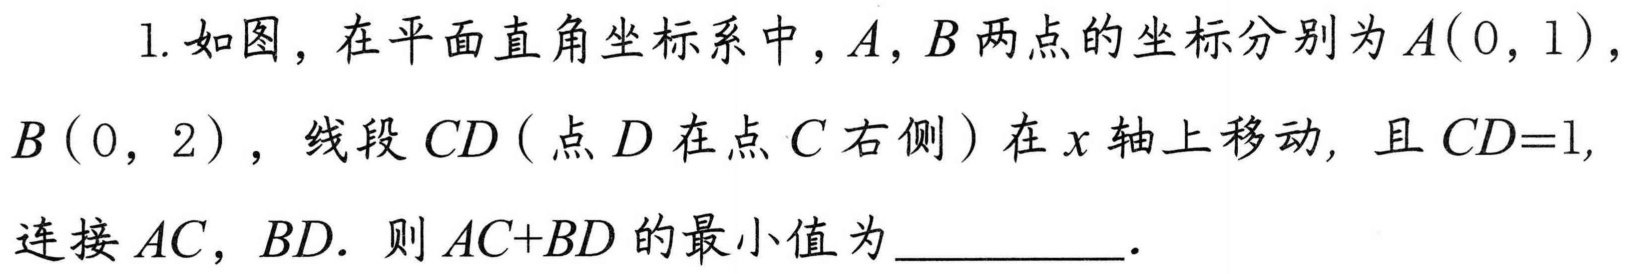
1. 如图，在平面直角坐标系中，\(A\)，\(B\)两点的坐标分别为\(A(0,1)\)，\(B(0,2)\)，线段\(CD\)（点\(D\)在点\(C\)右侧）在\(x\)轴上移动，且\(CD = 1\)，连接\(AC\)，\(BD\). 则\(AC + BD\)的最小值为__________.